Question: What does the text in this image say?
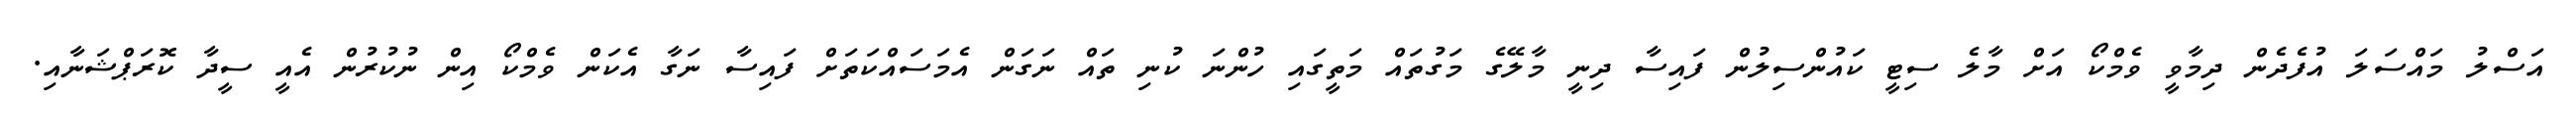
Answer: އަސްލު މައްސަލަ އުފެދެން ދިމާވީ ވެމްކޯ އަށް މާލެ ސިޓީ ކައުންސިލުން ފައިސާ ދިނީ މާލޭގެ މަގުތައް މަތީގައި ހުންނަ ކުނި ތައް ނަގަން އެމަސައްކަތަށް ފައިސާ ނަގާ އެކަން ވެމްކޯ އިން ނުކުރުން އެއީ ސީދާ ކޮރަޕްޝަނާއި.